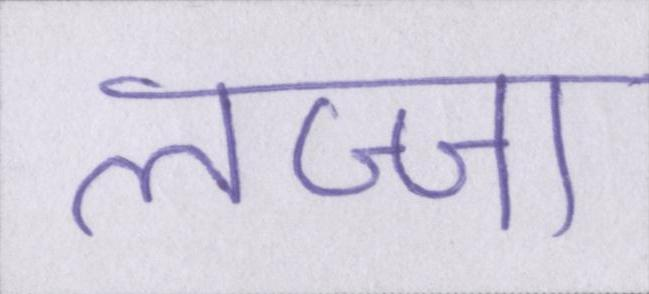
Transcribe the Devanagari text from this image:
लज्जा